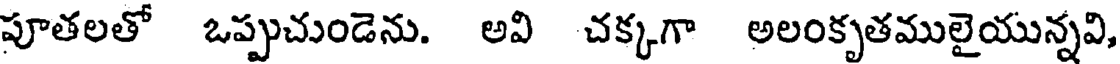
పూతలతో ఒప్పుచుండెను. అవి చక్కగా అలంకృతములైయున్నవి,